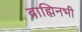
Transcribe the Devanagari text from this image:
ब्राह्मिनभी